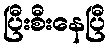
ပြီးစီးနေပြီ